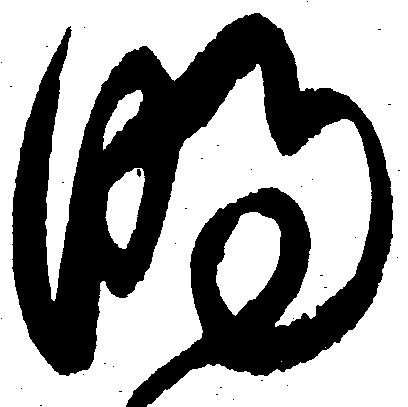
時